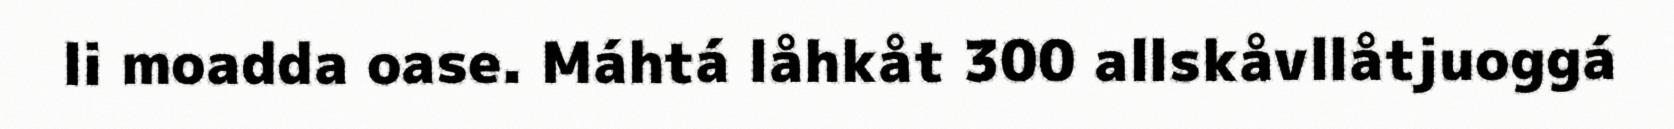
li moadda oase. Máhtá låhkåt 300 allskåvllåtjuoggá